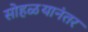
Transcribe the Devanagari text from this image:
सोहळयानंतर